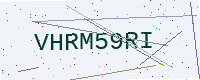
Text: VHRM59RI